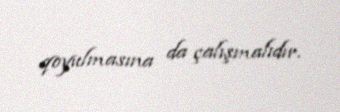
qoyulmasına da çalışmalıdır.